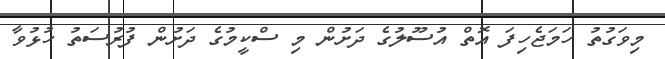
މިވަގުތު ހަމަޖެހިފަ އޮތް އުސޫލުގެ ދަށުން މި ސްކީމުގެ ދަށުން ފުރުސަތު ހުޅުވާ